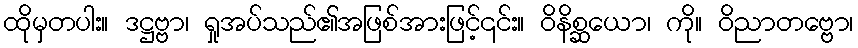
ထိုမှတပါး။ ဒဋ္ဌဗ္ဗာ၊ ရှုအပ်သည်၏အဖြစ်အားဖြင့်၎င်း။ ဝိနိစ္ဆယော၊ ကို။ ဝိညာတဗ္ဗော၊